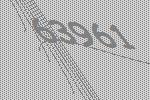
63961